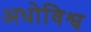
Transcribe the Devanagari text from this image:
अधोविश्व